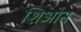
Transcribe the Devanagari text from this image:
शिओन